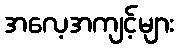
အလေ့အကျင့်များ